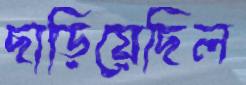
ছাড়িয়েছিল